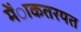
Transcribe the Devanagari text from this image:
मेंाकतरयत